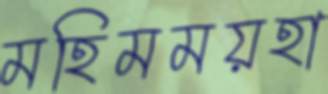
মহিমময়হা